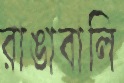
রাঙাবালি